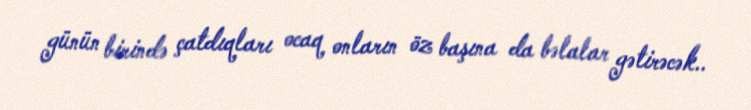
günün birində çatdıqları ocaq onların öz başına da bəlalar gətirəcək..